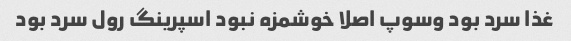
غذا سرد بود وسوپ اصلا خوشمزه نبود اسپرینگ رول سرد بود